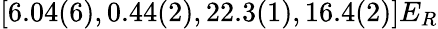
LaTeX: [6.04(6),0.44(2),22.3(1),16.4(2)]E_{R}